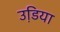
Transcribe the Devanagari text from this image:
उडि़या